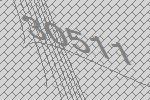
30511